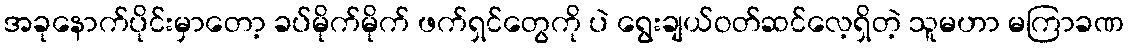
အခုနောက်ပိုင်းမှာတော့ ခပ်မိုက်မိုက် ဖက်ရှင်တွေကို ပဲ ရွေးချယ်ဝတ်ဆင်လေ့ရှိတဲ့ သူမဟာ မကြာခဏ